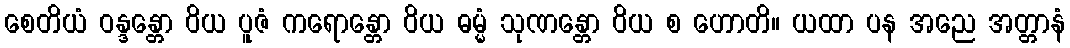
စေတိယံ ဝန္ဒန္တော ဝိယ ပူဇံ ကရောန္တော ဝိယ ဓမ္မံ သုဏန္တော ဝိယ စ ဟောတိ။ ယထာ ပန အညေ အတ္တာနံ